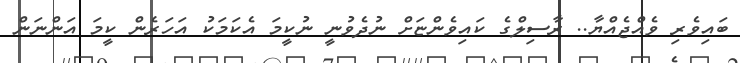
ބައިވެރި ވެއްޖެއްޔާ.. ރާސިލްގެ ކައިވެންޏަށް ނުދެވުނީ ނުކީމަ އެކަމަކު އަހަރެން ކީމަ އަންނަން